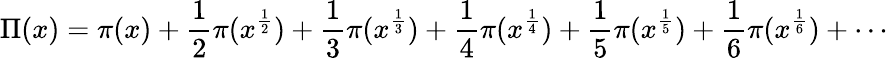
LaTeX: \Pi(x)=\pi(x)+{\frac{1}{2}}\pi(x^{\frac{1}{2}})+{\frac{1}{3}}\pi(x^{\frac{1}{3}})+{\frac{1}{4}}\pi(x^{\frac{1}{4}})+{\frac{1}{5}}\pi(x^{\frac{1}{5}})+{\frac{1}{6}}\pi(x^{\frac{1}{6}})+\cdots